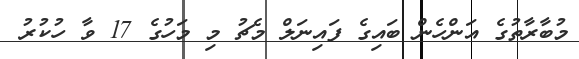
މުބާރާތުގެ އަންހެން ބައިގެ ފައިނަލް މެޗު މި މަހުގެ 17 ވާ ހުކުރު